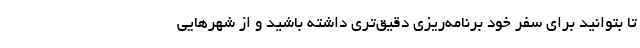
تا بتوانید برای سفر خود برنامه‌ریزی دقیق‌تری داشته باشید و از شهرهایی